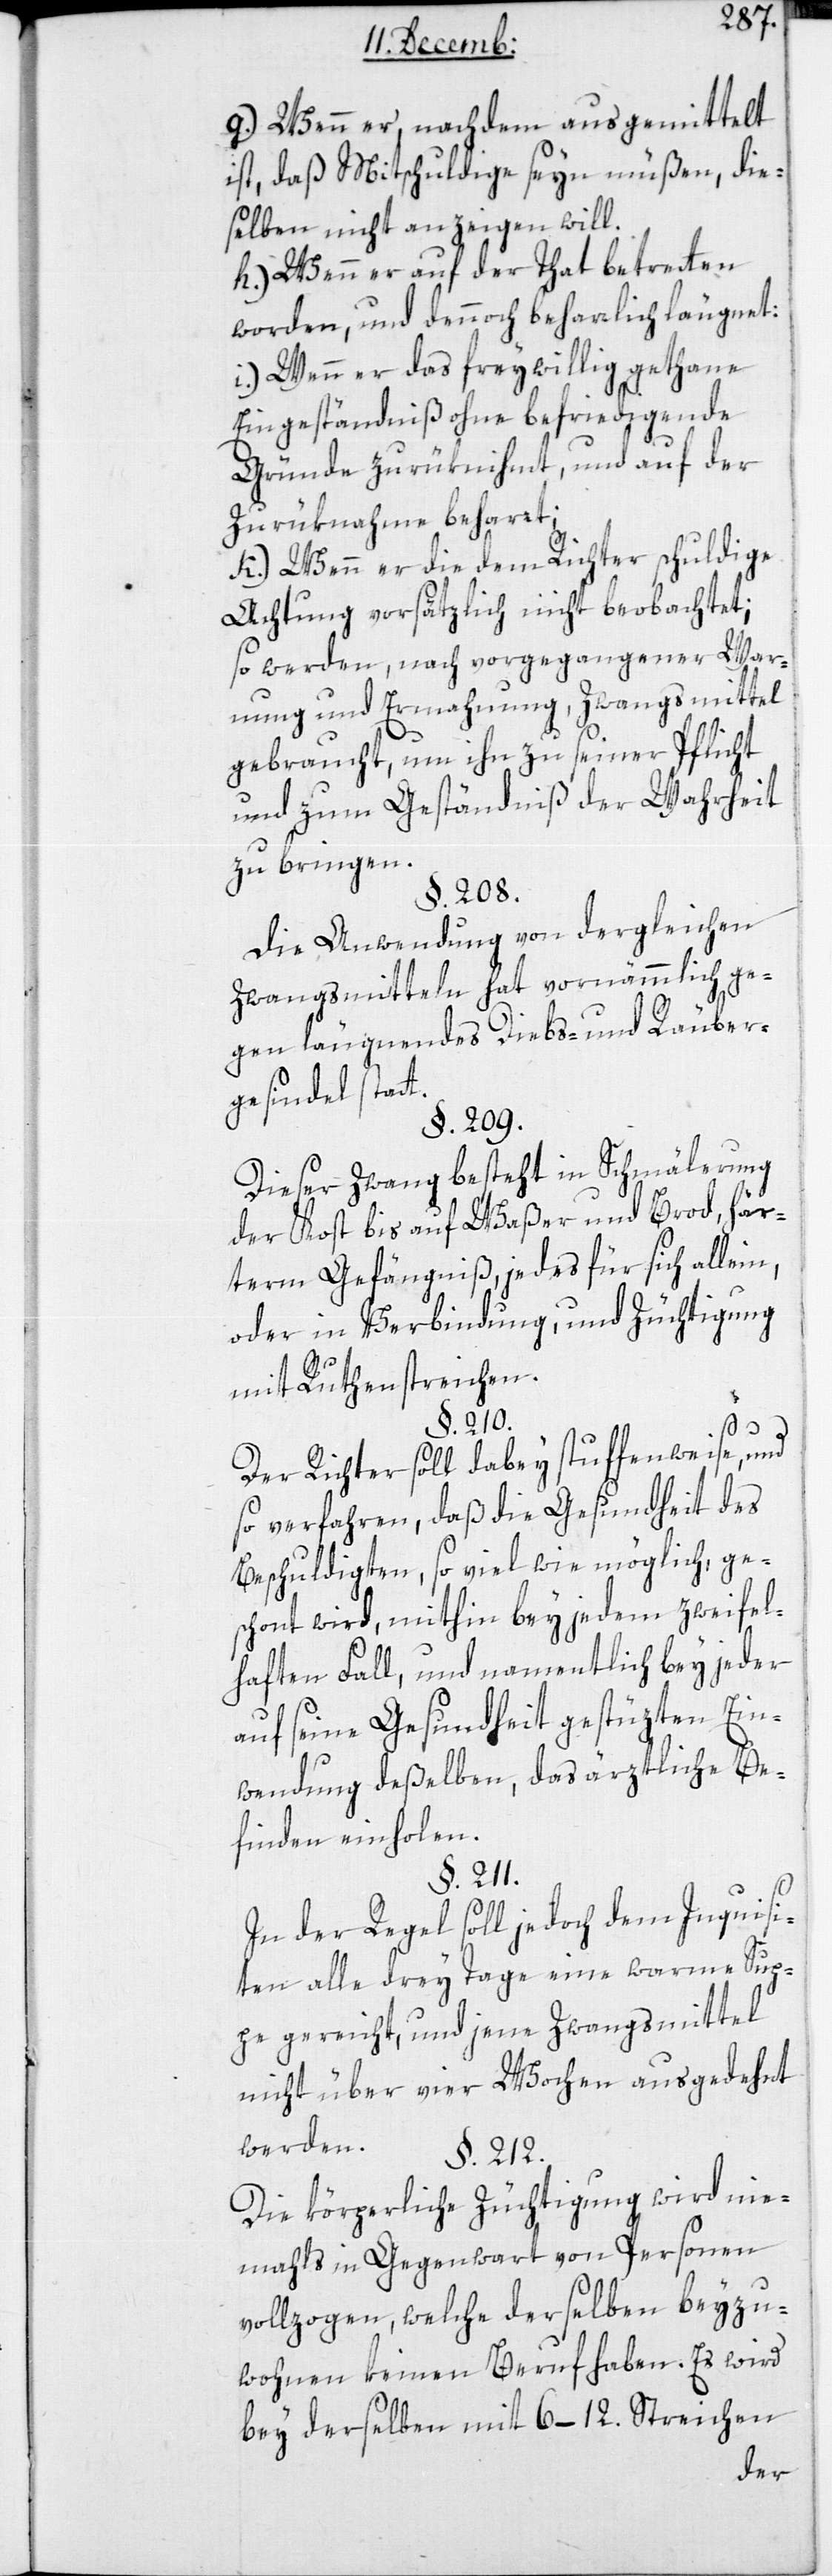
g.) Wenn er, nachdem ausgemittelt
ist, daß Mitschuldige seyn müßen, die¬
selben nicht anzeigen will.
h.) Wenn er auf der Tat betretten
worden, und dennoch beharrlich läugnet;
i.) wenn er das freywillig gethane
Eingeständniß ohne befriedigende
Gründe zurüknihmt, und auf der
Zurüknahme behart;
k.) wenn er die dem Richter schuldige
Achtung vorsätzlich nicht beobachtet;
so werden, nach vorgegangener War¬
nung und Ermahnung, Zwangsmittel
gebraucht, um ihn zu seiner Pflicht
und zum Geständnis der Wahrheit
zu bringen.
§. 208.
Die Anwendung von dergleichen
Zwangsmitteln hat vornämmlich ge¬
gen läugnendes Diebs- und Räuber¬
gesindel statt.
§. 209.
Dieser Zwang besteht in Schmälerung
der Kost bis auf Waßer und Brod, här¬
term Gefängniß, jedes für sich allein
oder in Verbindung, und Züchtigung
mit Rutenstreichen.
§. 210.
Der Richter soll dabey stuffenweise, und
so verfahren, daß die Gesundheit des
Beschuldigten, so viel wie möglich ge¬
schont wird, mithin bey jedem zweifel¬
haften Fall, und namentlich bey jeder
auf seine Gesundheit gestüzten Ein¬
wendung deßelben, das ärztliche Be¬
finden einholen.
§. 211.
In der Regel soll jedoch dem Inquisi¬
ten alle drey Tage eine warme Sup¬
pe gereicht, und jene Zwangsmittel
nicht über vier Wochen ausgedehnt
werden.
§. 212.
Die körperliche Züchtigung wird nie¬
mals in Gegenwart von Personen
vollzogen, welche derselben beizu¬
wohnen keinen Beruf haben. Es wird
bey derselben mit 6–12. Streichen